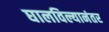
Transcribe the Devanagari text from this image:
घालविल्यानंतर